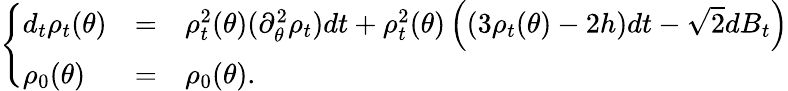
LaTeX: \left\{ \begin{array}{lcl}{d_{t}\rho_{t}(\theta)}&{=}&{\rho_{t}^{2}(\theta)(\partial_{\theta}^{2}\rho_{t})dt+\rho_{t}^{2}(\theta)\left((3\rho_{t}(\theta)-2h)dt-\sqrt{2}dB_{t}\right)}\\ {\rho_{0}(\theta)}&{=}&{\rho_{0}(\theta).}\end{array}\right.